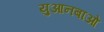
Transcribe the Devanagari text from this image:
युआनबाओ